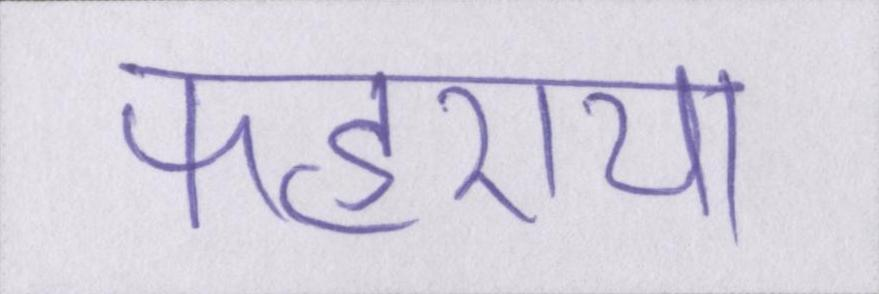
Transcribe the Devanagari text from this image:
फहराया